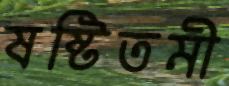
ষষ্টিতমী